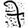
Digit: 7